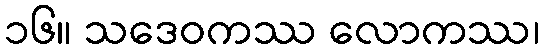
၁၆။ သဒေဝကဿ လောကဿ၊